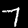
Digit: 7